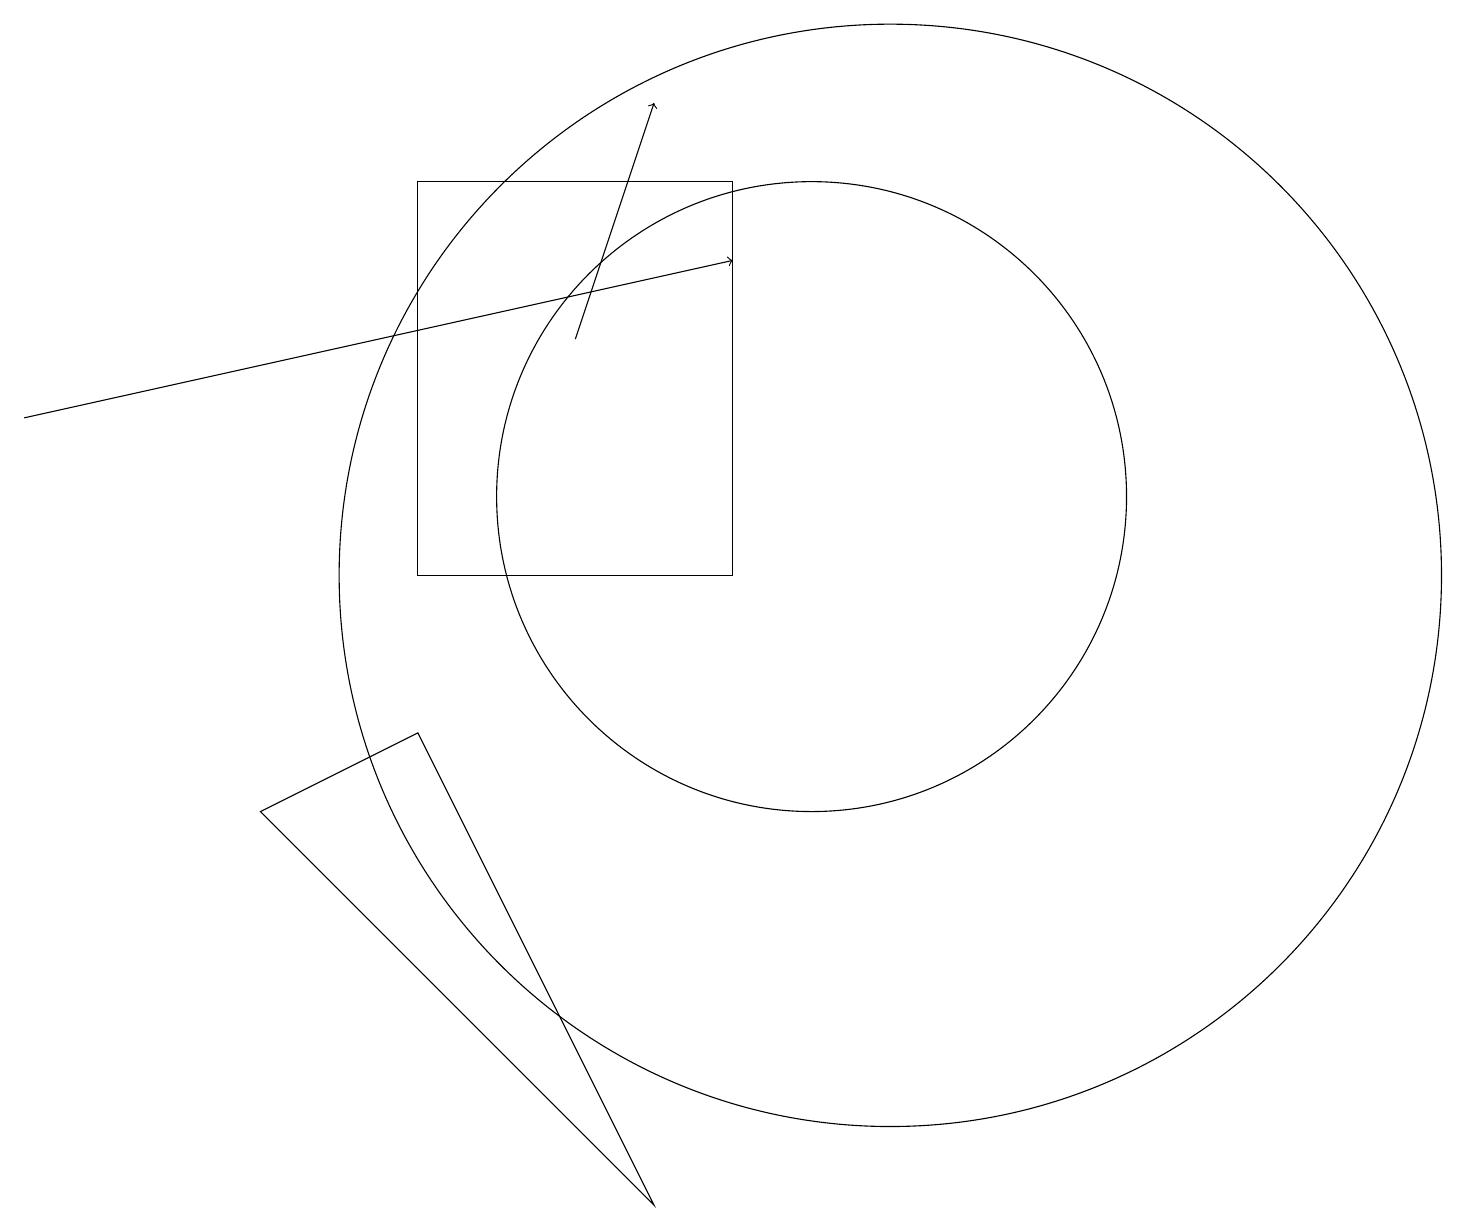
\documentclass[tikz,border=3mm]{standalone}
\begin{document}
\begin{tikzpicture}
\draw (11,10) circle (7);
\draw[->] (7,13) -- (8,16);
\draw (5,10) rectangle (9,15);
\draw (3,7) -- (8,2) -- (5,8) -- cycle;
\draw[->] (0,12) -- (9,14);
\draw (10,11) circle (4);
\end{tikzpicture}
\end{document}